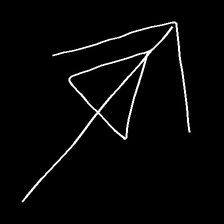
Glyph: pull